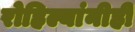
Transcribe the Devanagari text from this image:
रोहिल्यांनीही